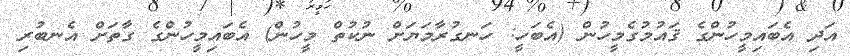
އަދި އެބައިމީހުންގެ ޤައުމުގެމީހުން (އެބަހީ: ހަނގުރާމަޔަށް ނުކުތް މީހުން) އެބައިމީހުންގެ ގާތަށް އެނބުރި